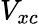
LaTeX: V_{xc}